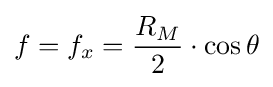
f=f_{x}={\frac {R_{M}}{2}}\cdot \cos \theta